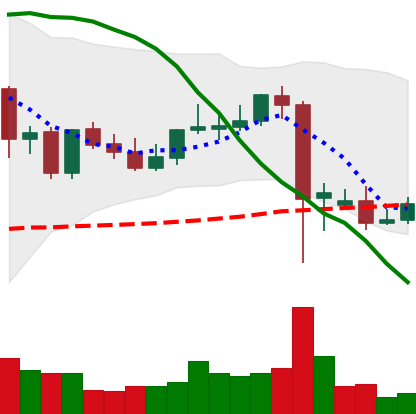
Ticker: DOGE-USD
Chart end date: 2021-09-12
Forward return: -4.264%
Label: down_3_5